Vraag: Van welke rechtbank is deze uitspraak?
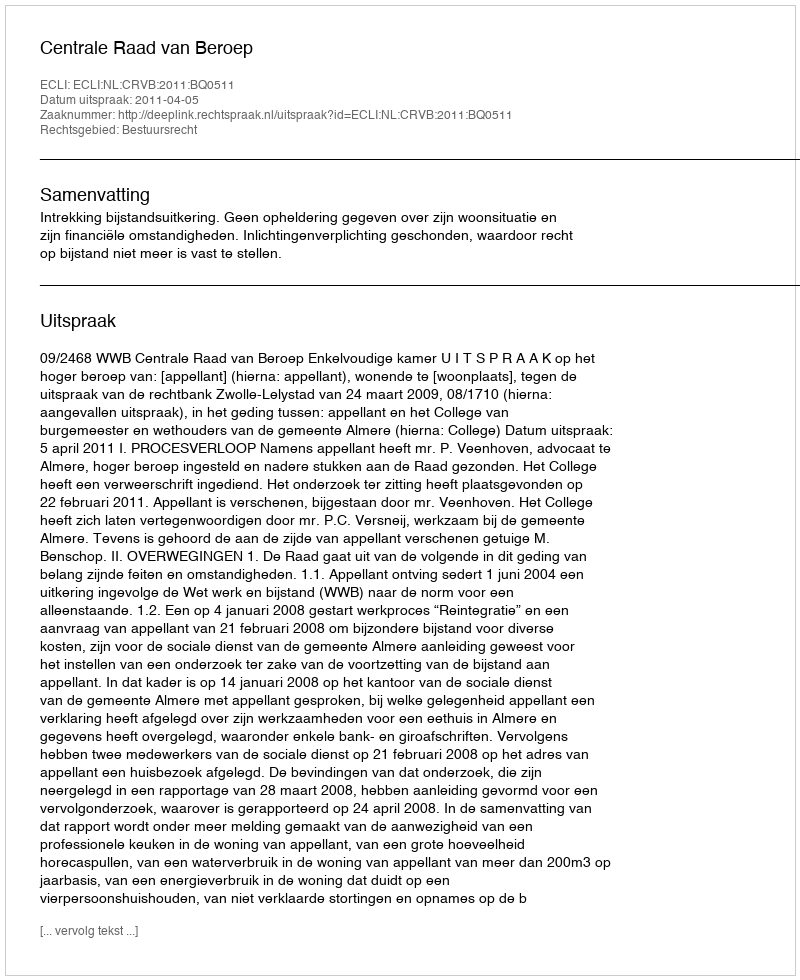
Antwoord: Centrale Raad van Beroep